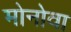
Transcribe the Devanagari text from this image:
मोनोवा